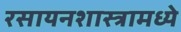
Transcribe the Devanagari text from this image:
रसायनशास्त्रामध्ये